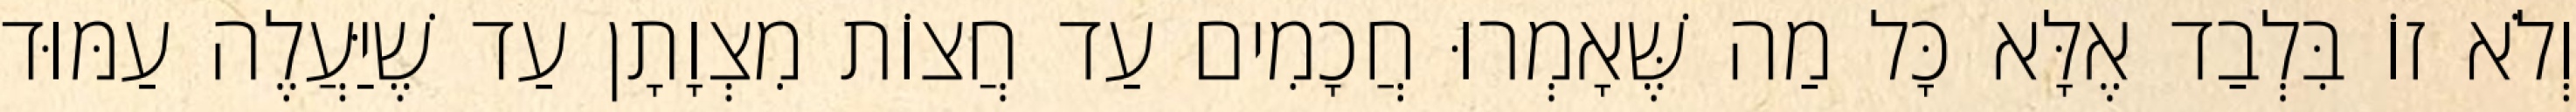
וְלֹא זוֹ בִּלְבַד אֶלָּא כָּל מַה שֶּׁאָמְרוּ חֲכָמִים עַד חֲצוֹת מִצְוָתָן עַד שֶׁיַּעֲלֶה עַמּוּד